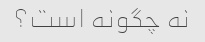
نه چگونه است؟